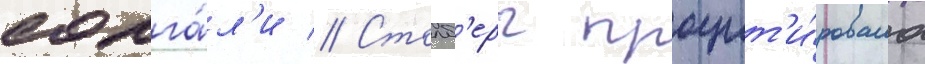
солга́л'и // Столб'ерг процит'и́ровала